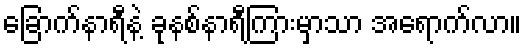
ခြောက်နာရီနဲ့ ခုနစ်နာရီကြားမှာသာ အရောက်လာ။